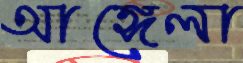
আঙ্গেলা